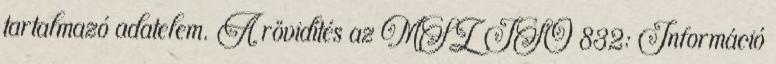
tartalmazó adatelem. A rövidítés az MSZ ISO 832: Információ